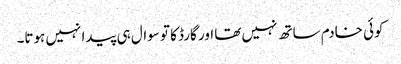
کوئی خادم ساتھ نہیں تھا اور گارڈ کا تو سوال ہی پیدا نہیں ہوتا۔